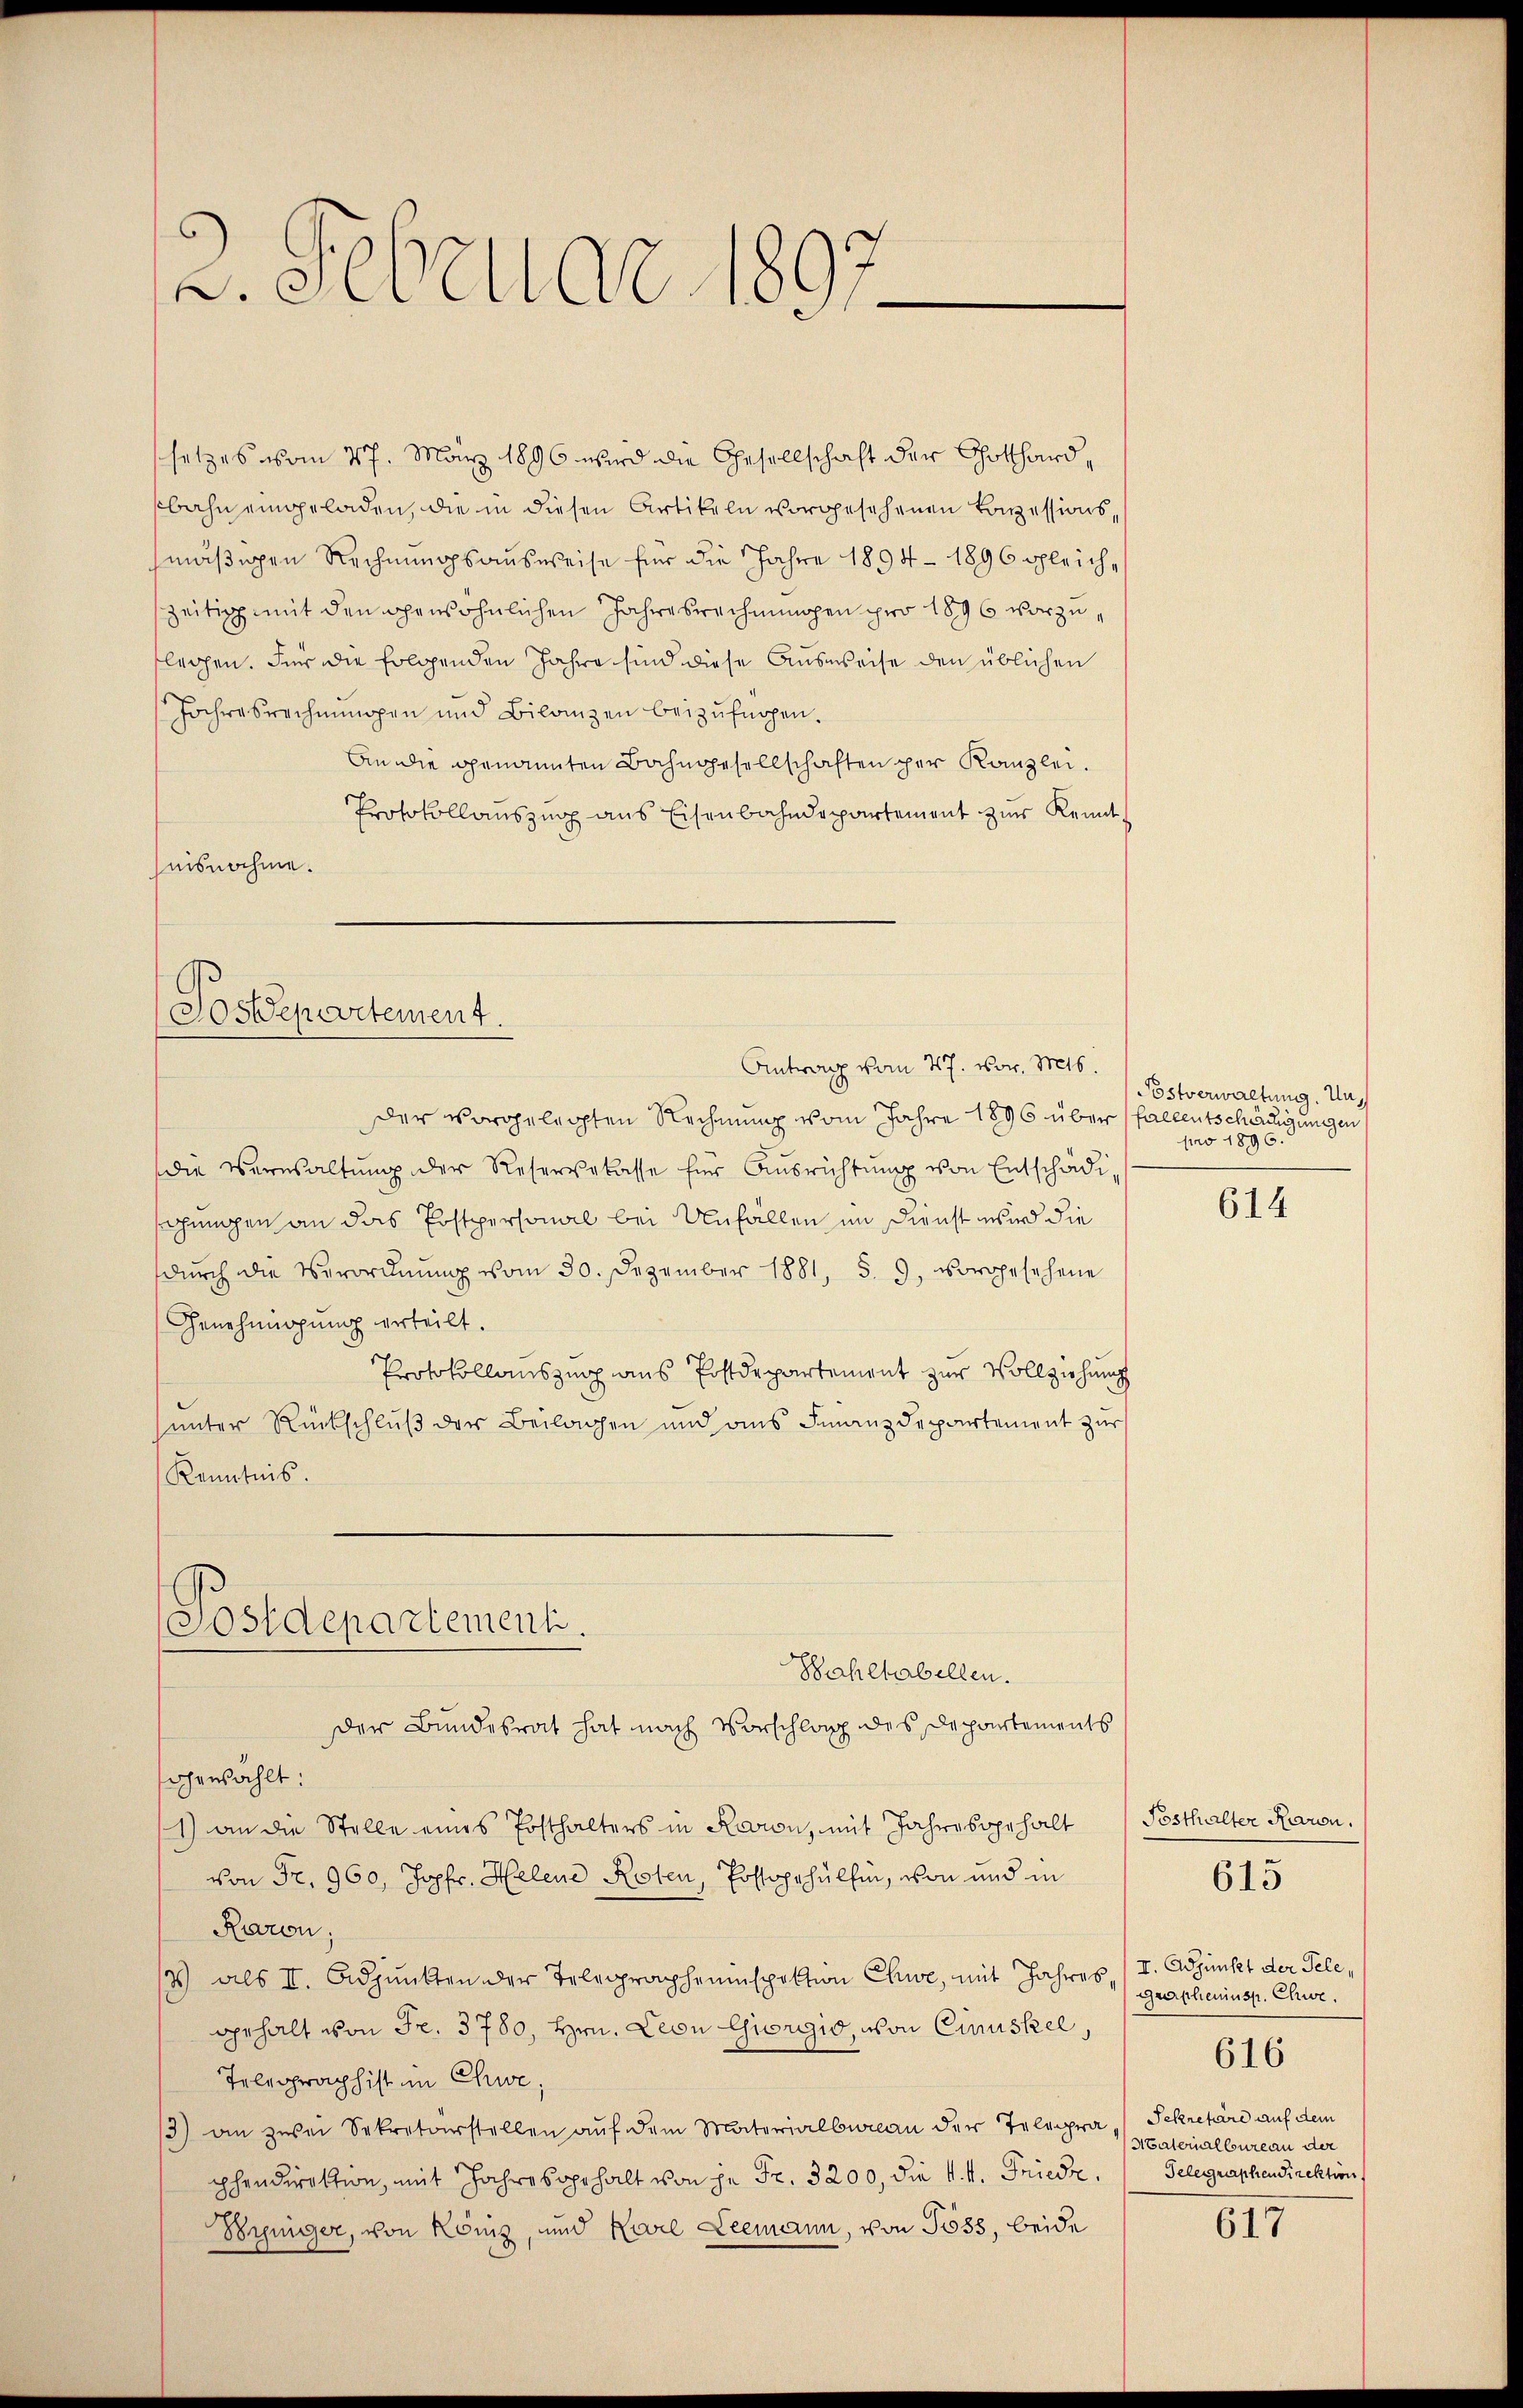
2. Februar 1897

setzes vom 27. März 1896 wird die Gesellschaft der Gotthard,
sbahn eingeladen, die in diesen Artikeln vorgesehenen Conzessionsmäßigen Rechnungsausweise für die Jahre 1894 - 1896 gleichszeitig mit den gewöhnlichen Jahresrechnungen pro 1896 vorzuflegen. Für die folgenden Jahre sind diese Ausweise den üblichen
Jahresrechnŭngen und Bilanzen beizufügen.
An die genannten Bahngesellschaften per Kanzlei.
Protokollauszug aus Eisenbahndepartement zur Kennt,
nisnahme.

Sosdepartement.

der vorgelegten Rechnung vom Jahre 1896 über fallentschädigungen
die Verwaltŭng der Reservelasse für Aŭsrichtŭng von Entschädischungen an das Postpersonal bei Unfällen im Dienst wird die
dŭrch die Verordnŭng vom 30. Dezember 1881, S. 9, vorgesehene
Genehmigung erteilt.
Protokollauszug aus Postdepartement zur Vollziehung
unter Rückschluß der Beilagen und ans Finanzdepartement zur
Kenntnis.

Postdepartement.
Bahlhabellen.
der Bundesrat hat nach Vorschlag des Departements

Antrag vom 27. vor. Mts.

gewählt:
1) an die Stelle eines Posthalters in Raron, mit Jahres gehalt
von Fr. 960, Jopfr. Helene Roten, Postopphulhin, von und in
Raron;
2) als II. Adjunkten der Telegrapheninspektion Chue, mit Jahres,
gehalt von Fr. 3780, Hrn. Leon Giorgio, von Cimuskel,
Telegraphist im Chwe;
3) an zwei Sekretärstellen auf dem Materialbureau der Telegra - Sekretäre auf dem
phendirektion, mit Jahre soprhalt von in Fr. 3200, die k.k. Friede
Weniger, von König, und Karl Leemann, von Goss, beide

Postverwaltung. Unpro 1896.

614

Posthalter Raron.

615

I. Adjunkt der Telegrascheninsp. Chwe.
Materialbureau der
Telegraphen Direktion

616

617